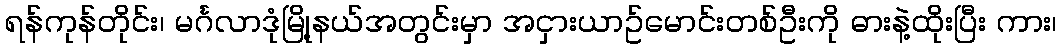
ရန်ကုန်တိုင်း၊ မင်္ဂလာဒုံမြို့နယ်အတွင်းမှာ အငှားယာဥ်မောင်းတစ်ဦးကို ဓားနဲ့ထိုးပြီး ကား၊